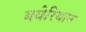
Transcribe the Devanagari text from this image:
बवेरियान